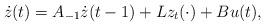
LaTeX: \begin{align*}\dot z(t) = A_{-1}\dot z(t-1) +Lz_t(\cdot) +Bu(t),\end{align*}